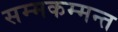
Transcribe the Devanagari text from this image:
सम्मकम्मन्त